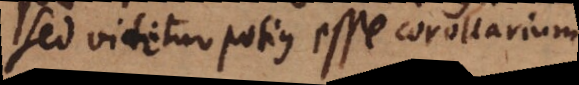
sed videtur potius esse corollarium.